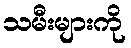
သမီးများကို